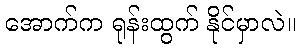
အောက်က ရုန်းထွက် နိုင်မှာလဲ။